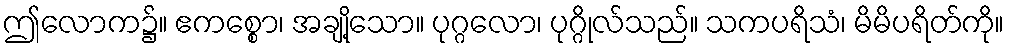
ဤလောက၌။ ဧကစ္စော၊ အချို့သော။ ပုဂ္ဂလော၊ ပုဂ္ဂိုလ်သည်။ သကပရိသံ၊ မိမိပရိတ်ကို။